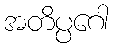
အတိပ္ပဂေါ